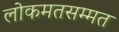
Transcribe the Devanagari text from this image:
लोकमतसम्मत